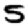
Digit: 5